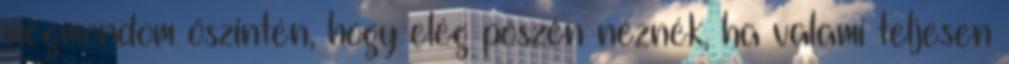
megmondom őszintén, hogy elég pöszén néznék, ha valami teljesen